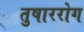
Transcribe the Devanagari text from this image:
तुषाररोग